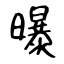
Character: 曝